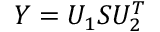
Y = U _ { 1 } S U _ { 2 } ^ { T }